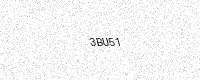
Text: 3BU51